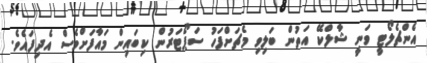
އެންޗެލޯޓީ ވަނީ ޝާލްކޭ އަތުން ބަލިވި މެޗަށްފަހު ސަޕޯޓަރުން ކިބައިން މައާފަށްވެސް އެދިފައެވެ.